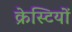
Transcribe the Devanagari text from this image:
क्रेस्टियों